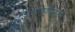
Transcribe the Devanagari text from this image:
शिकवणूकीप्रमाणे